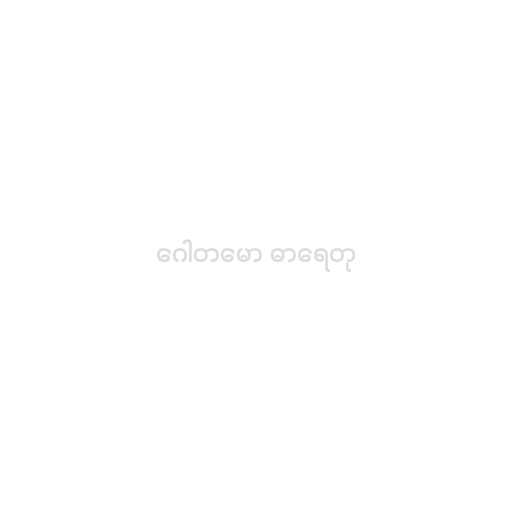
ဂေါတမော ဓာရေတု